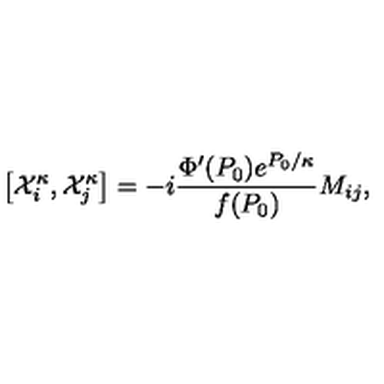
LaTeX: \left[ { \cal X } _ { i } ^ { \kappa } , { \cal X } _ { j } ^ { \kappa } \right] = - i \frac { \Phi ^ { \prime } ( P _ { 0 } ) e ^ { P _ { 0 } / \kappa } } { f ( P _ { 0 } ) } M _ { i j } ,